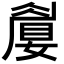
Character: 𡡚